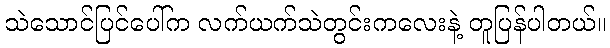
သဲသောင်ပြင်ပေါ်က လက်ယက်သဲတွင်းကလေးနဲ့ တူပြန်ပါတယ်။